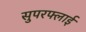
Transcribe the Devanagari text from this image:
सुपरफ्लाई